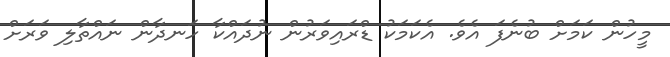
މީހުން ކަމަށް ބުނެފަ އެވެ. އެކަމަކު ޑްރައިވަރުން ނުދައްކާ ހަނދާން ނައްތާލި ވަރަށް